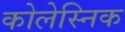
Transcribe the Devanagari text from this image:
कोलेस्निक